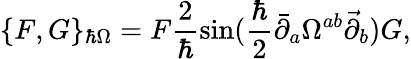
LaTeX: \{ F,G\} _{\hbar\Omega}=F\frac{2}{\hbar}\sin(\frac{\hbar}{2}\bar{\partial}_{a}\Omega^{ab}\vec{\partial}_{b})G,